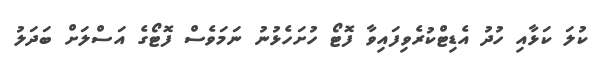
ކުލަ ކަޅާއި ހުދު އެޑިޓްކުރެވިފައިވާ ފޮޓޯ ހުށަހެޅުނު ނަމަވެސް ފޮޓޯގެ އަސްލަށް ބަދަލު